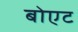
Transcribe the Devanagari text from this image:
बोएट